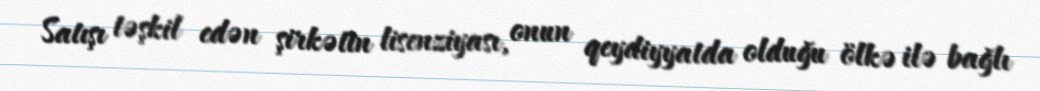
Satışı təşkil edən şirkətin lisenziyası, onun qeydiyyatda olduğu ölkə ilə bağlı